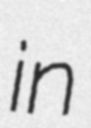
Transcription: in